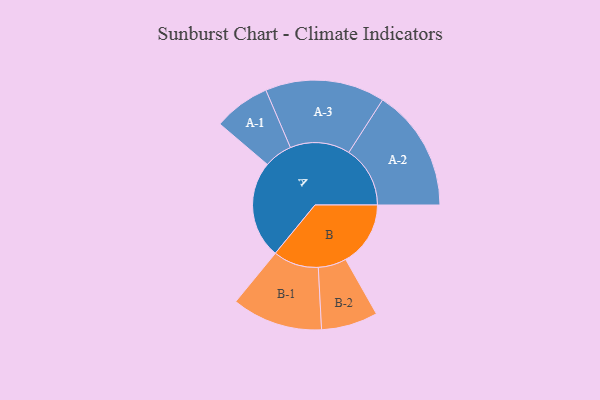
{"axis": {"x": "Segment", "y": "Value"}, "legend": ["", "A", "B"], "data": [{"x": "A", "y": 472, "type": ""}, {"x": "B", "y": 314, "type": ""}, {"x": "A-1", "y": 137, "type": "A"}, {"x": "A-2", "y": 297, "type": "A"}, {"x": "A-3", "y": 290, "type": "A"}, {"x": "B-1", "y": 220, "type": "B"}, {"x": "B-2", "y": 137, "type": "B"}]}